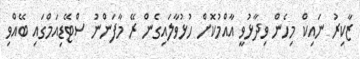
ޒާކިރު ނައިކް މިހެން ވިދާޅުވީ އާއްމުކޮށް ހުޅުވާލައިގެން ރޭ މާފަންނު ސްޓޭޑިއަމްގައި ބޭއްވި